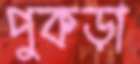
পুকড়া